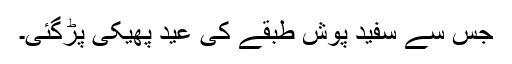
جس سے سفید پوش طبقے کی عید پھیکی پڑگئی۔